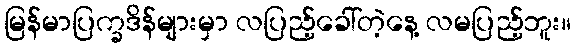
မြန်မာပြက္ခဒိန်များမှာ လပြည့်ခေါ်တဲ့နေ့ လမပြည့်ဘူး။